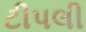
ટીપલી